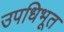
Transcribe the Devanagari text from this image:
उपधिभूत